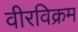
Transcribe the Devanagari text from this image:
वीरविक्रम